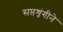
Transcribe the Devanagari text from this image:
सप्तशृंगीने